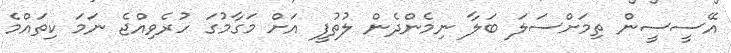
އޭސީސީން ތިމަަށްސަލަ ބަލާ ނިމެންދެން ލުތުފީ އަށް މަގާމުގަ ހުރެވިއްޖެ ނަމަ ކިތައްމެ